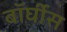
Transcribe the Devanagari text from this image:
बॉर्घीस